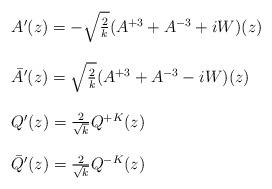
LaTeX: \begin{align*}\begin{array}{l}A^{\prime}(z) = -\sqrt{\frac{2}{k}} (A^{+3} + A^{-3} + i W)(z) \\ \ \\ \bar{A}^{\prime}(z) = \sqrt{\frac{2}{k}} (A^{+3} + A^{-3} - i W)(z) \\ \ \\Q^{\prime}(z) = \frac{2}{\sqrt{k}}Q^{+K}(z) \\ \ \\\bar{Q}^{\prime}(z) = \frac{2}{\sqrt{k}}Q^{-K}(z)\end{array}\end{align*}